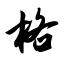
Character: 格